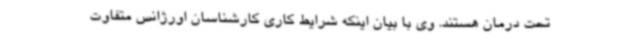
تحت درمان هستند. وی با بیان اینکه شرایط کاری کارشناسان اورژانس متفاوت